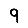
Digit: 9